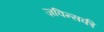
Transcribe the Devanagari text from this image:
ज़विन्सकी